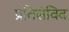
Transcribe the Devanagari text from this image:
प्रतिसंविद